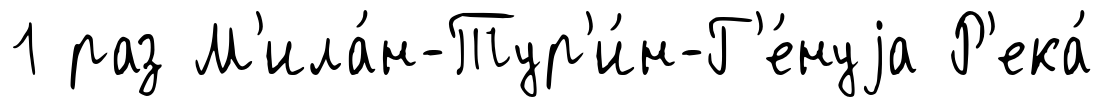
1 раз М'ила́н-Тур'и́н-Г'е́нуjа Р'ека́